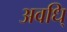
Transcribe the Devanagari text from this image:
अवधि्